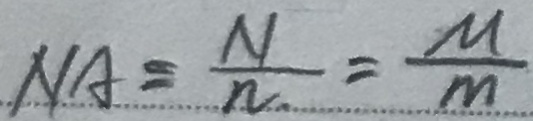
N A = \frac { N } { n } = \frac { \mu } { m }